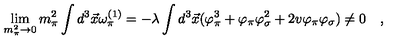
\lim _ { m _ { \pi } ^ { 2 } \rightarrow 0 } m _ { \pi } ^ { 2 } \int d ^ { 3 } \vec { x } \omega _ { \pi } ^ { ( 1 ) } = - \lambda \int d ^ { 3 } \vec { x } ( \varphi _ { \pi } ^ { 3 } + \varphi _ { \pi } \varphi _ { \sigma } ^ { 2 } + 2 v \varphi _ { \pi } \varphi _ { \sigma } ) \ne 0 \quad ,